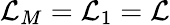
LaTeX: \mathcal{L}_{M}=\mathcal{L}_{1}=\mathcal{L}